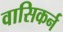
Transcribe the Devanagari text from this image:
वासिकर्न